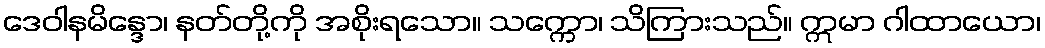
ဒေဝါနမိန္ဒော၊ နတ်တို့ကို အစိုးရသော။ သက္ကော၊ သိကြားသည်။ ဣမာ ဂါထာယော၊